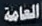
العامة